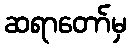
ဆရာတော်မှ